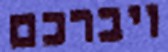
ויברכם